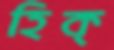
হিক্